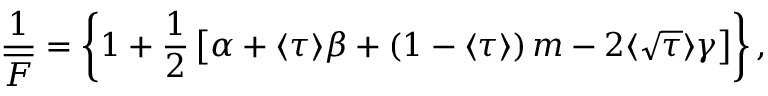
\frac { 1 } { \overline { { F } } } = \left\{ 1 + \frac { 1 } { 2 } \left[ \alpha + \langle \tau \rangle \beta + \left( 1 - \langle \tau \rangle \right) m - 2 \langle \sqrt { \tau } \rangle \gamma \right] \right\} ,